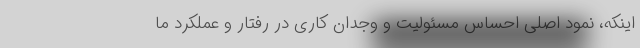
اینکه، نمود اصلی احساس مسئولیت و وجدان کاری در رفتار و عملکرد ما